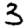
Digit: 3